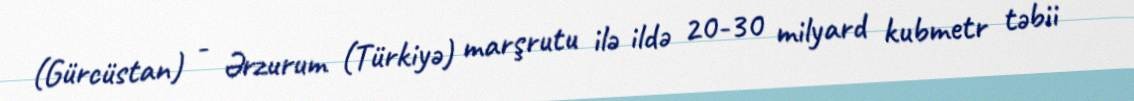
(Gürcüstan) - Ərzurum (Türkiyə) marşrutu ilə ildə 20-30 milyard kubmetr təbii